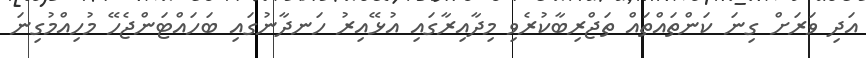
އަދި ވަރަށް ގިނަ ކަންތައްތައް ތަޖްރިބާކުރެވި މިދާއިރާގައި އުޅޭއިރު ހަނދާނުގައި ބަހައްޓަންޖެހޭ މުހިއްމުގިނަ